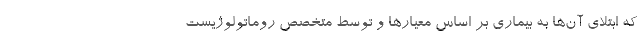
که ابتلای آن‌ها به بیماری بر اساس معیارها و توسط متخصص روماتولوژیست